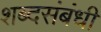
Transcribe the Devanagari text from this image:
शब्दसंबंधी